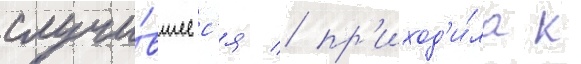
случи́вшеес'я / пр'иход'и́ла к